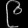
Digit: ၉